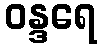
ဝန္ဒရေ